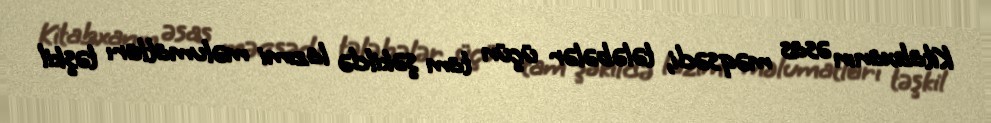
Kitabxanın əsas məqsədi, tələbələr üçün tam şəkildə lazımi məlumatları təşkil